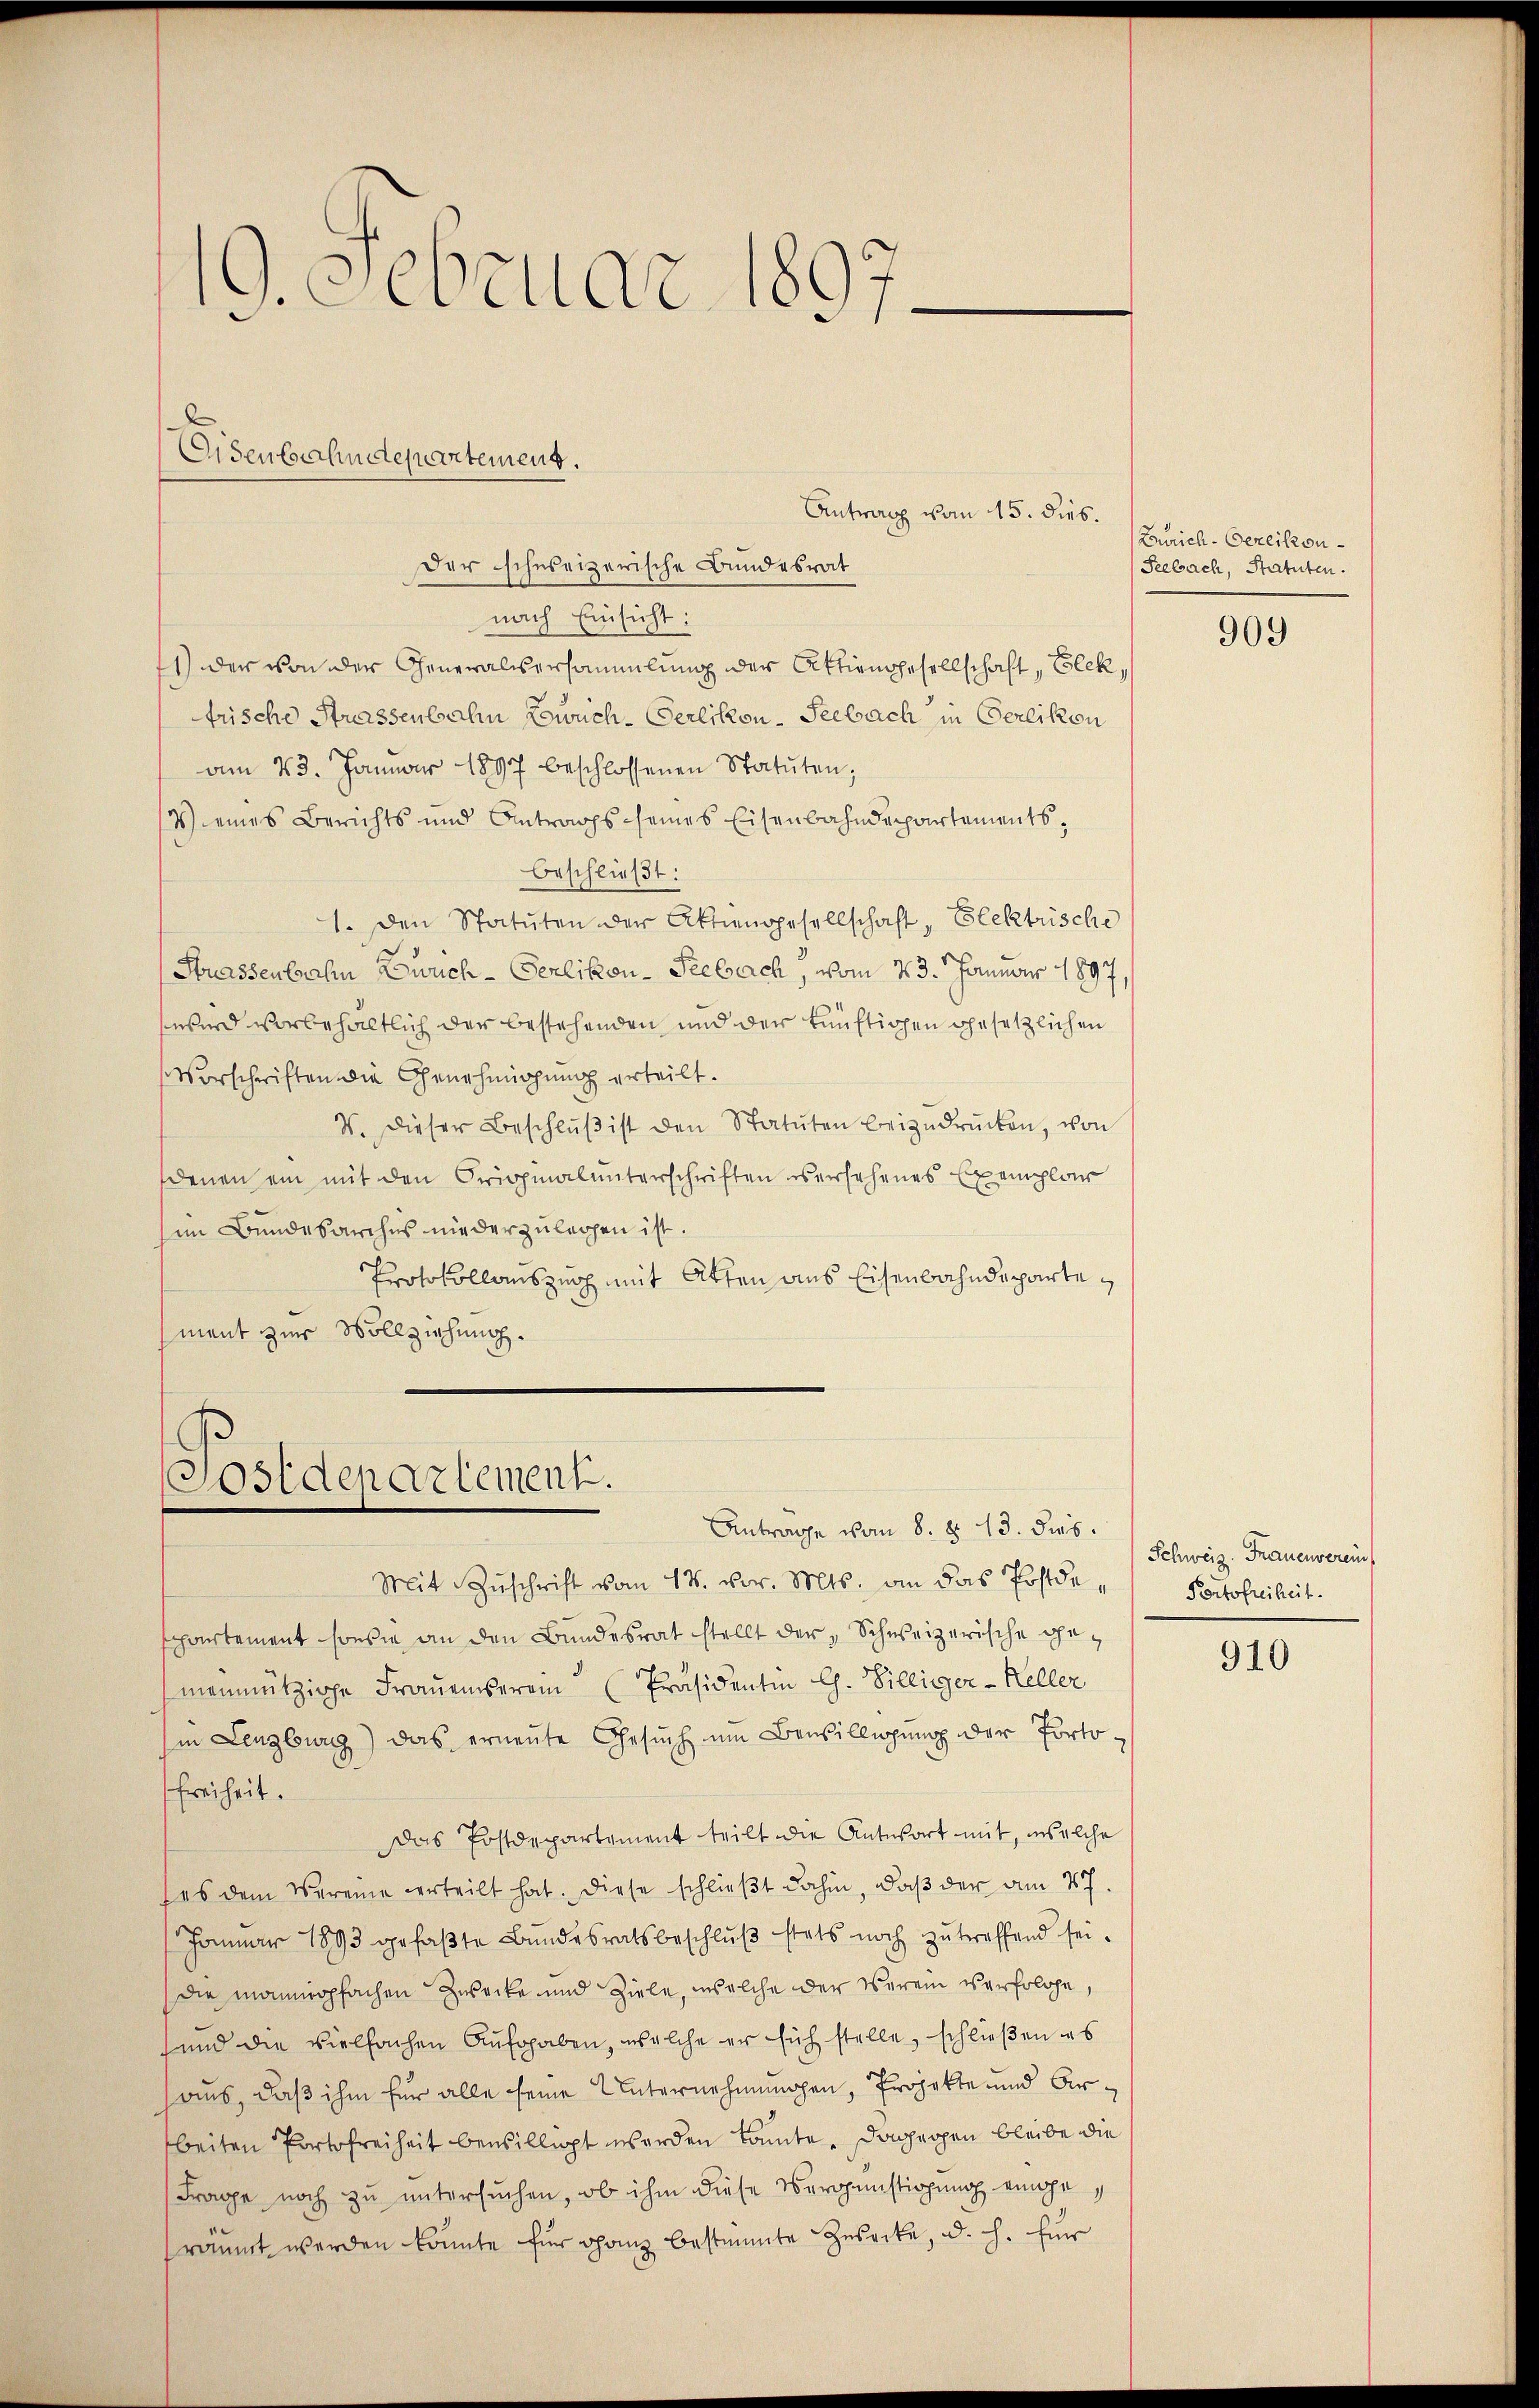
19. Februar 1897

Eisenbahndtequartement.

Antrag vom 15. dies.
Der schuseizerische Bundesrat
nach Einsicht:
1) der von der Generalisersammlung der Aktiengesellschaft, Elekfrische Strassenbahn Zürich-Gerlikon-Seebach in Oerlikon
am 23. Januar 1897 beschlossenen Statuten;
V eines Berichts und Antrags seines Eisenbahndepartements,
beschließt:
1. Den Statuten der Aktiengesellschaft, Elektrische
Strassenbahn Zürich-Gerlikon-Seebach, vom 23. Januar 1897,
wird vorbehaltlich der bestehenden und der künftigen gesetzlichen
Vorschriften die Genehmigung erteilt.
V. Dieser Beschlŭβ ist den Statuten beizudrücken, von
denen ein mit den Originalunterschriften versehenes Exemplar
him Bundesarchus niederzulegen ist.
Protokollauszug mit Atten aus Eisenbahndepartement zur Vollziehung.

Mit Zŭschrift vom 14. vor. Mts. an das Postdespartement so sie an den Bundesrat stellt der „Schweizerische gemenmützige Frauenserem Präsidentin Ch. Villiger-Keller
in Lenzburg) das erneŭte Gesŭch ŭm Bewilligung der Porto¬
Freiheit.
Das Postdepartement teilt die Antwort mit, welche
ses dem Vereine verteilt hat. Diese schließt dahin, daß der am 27.
Januar 1893 gefaβte Bundesratsbeschlŭβ stets noch zutreffend sei.
Die mannopfachen Zwecke und Ziele, welche der Verein verfolge,
sund die vielfachen Aufgaben, welche er sich stelle, schließen es
haus, daß ihm für alle seine Unternehmungen, Projekte und Arbeiten Portofreiheit bewilligt werden könnte, dagegen bleibe die
Frage noch zu untersuchen, ob ihm diese Vergünstigung eingeräumt werden könnte für ganz bestimmte Zusecke, d. h. für

Postdepartement.
Antrage vom 8. §. 13. dies

Zürich-Oerlikon
Seebach, Statuten.

909

Schweiz. Frauenverein
Portofreiheit.

910